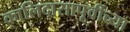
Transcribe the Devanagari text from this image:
कालिदासापूर्वीच्या